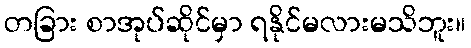
တခြား စာအုပ်ဆိုင်မှာ ရနိုင်မလားမသိဘူး။